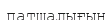
патшалығын